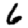
Digit: 6